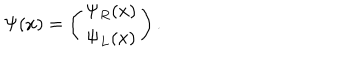
LaTeX: \Psi ( x ) = \left( \begin{array} { c } { { \Psi _ { R } ( x ) } } \\ { { \Psi _ { L } ( x ) } } \\ \end{array} \right) .